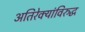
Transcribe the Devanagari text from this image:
अतिरेक्यांविरुद्ध